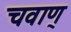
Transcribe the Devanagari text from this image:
चवाण्